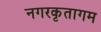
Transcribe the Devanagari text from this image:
नगरकृतागम